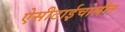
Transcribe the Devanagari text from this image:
ऐसीटाईचोलीन